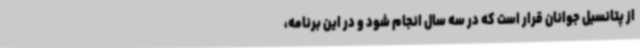
از پتانسیل جوانان قرار است که در سه سال انجام شود و در این برنامه،